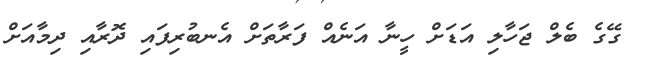
ގޭގެ ބެލް ޖަހާލި އަޑަށް ހީނާ އަނެއް ފަރާތަށް އެނބުރިފައި ދޮރާއި ދިމާއަށް